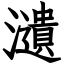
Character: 瀢